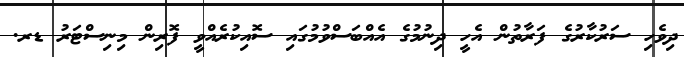
ދިވެހި ސަރުކާރުގެ ފަރާތުން އެހީ ދިނުމުގެ އެއްބަސްވުމުގައި ސޮއިކުރެއްވީ ފޮރިން މިނިސްޓަރު ޑރ.